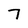
Character: 7